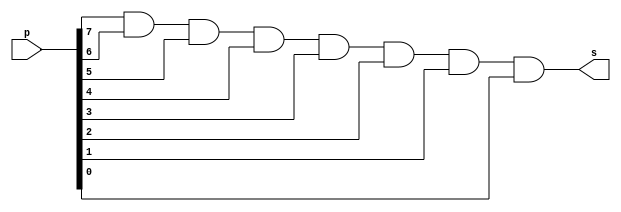
//--------------------
// Exercicio 11
// Nome: Bernardo Augusto Godinho de Oliveira
//--------------------
module gate (output s,
                         input  [0:7] p);
assign s = p[0] & p[1] & p[2] & p[3] & p[4] & p[5] & p[6] & p[7];
endmodule // xor



module testgate;

   reg  [0:7] a; // definir registrador
wire s;   // definir conexao (fio)

   gate XOR1 (s, a);
   initial begin:start
	a=8'b11111111;   // 4 valores binarios

   end
   initial begin:main

			$display("\n  a     ^    b    =     s\n");
         $monitor("%b = %b", a, s);
  #1     a=8'b00000000; // valores binarios
end
endmodule // testgate